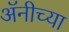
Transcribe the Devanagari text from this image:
अॅनीच्या